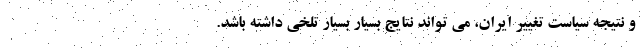
و نتیجه سیاست تغییر ایران، می تواند نتایج بسیار بسیار تلخی داشته باشد.